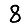
Digit: 8